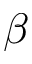
\beta